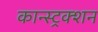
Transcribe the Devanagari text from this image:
कान्स्ट्रक्शन